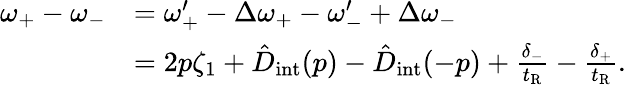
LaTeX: \begin{array}{rl}{\omega_{+}-\omega_{-}}&{=\omega_{+}^{\prime}-\Delta\omega_{+}-\omega_{-}^{\prime}+\Delta\omega_{-}}\\ &{=2p\zeta_{1}+\hat{D}_{\mathrm{int}}(p)-\hat{D}_{\mathrm{int}}(-p)+\frac{\delta_{-}}{t_{\mathrm{R}}}-\frac{\delta_{+}}{t_{\mathrm{R}}}.}\end{array}